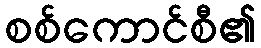
စစ်ကောင်စီ၏